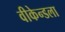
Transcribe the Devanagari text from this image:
वीकेन्डला